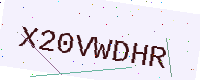
Text: X20VWDHR